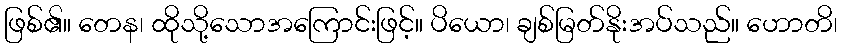
ဖြစ်၏။ တေန၊ ထိုသို့သောအကြောင်းဖြင့်။ ပိယော၊ ချစ်မြတ်နိုးအပ်သည်။ ဟောတိ၊